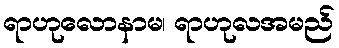
ရာဟုလောနာမ၊ ရာဟုလအမည်